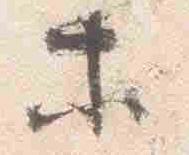
等